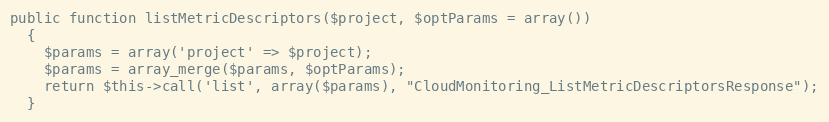
Language: PHP
public function listMetricDescriptors($project, $optParams = array())
  {
    $params = array('project' => $project);
    $params = array_merge($params, $optParams);
    return $this->call('list', array($params), "CloudMonitoring_ListMetricDescriptorsResponse");
  }